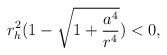
LaTeX: \begin{align*}r_{h}^2(1- \sqrt{1+ \frac{a^4}{r^4}}) <0,\end{align*}